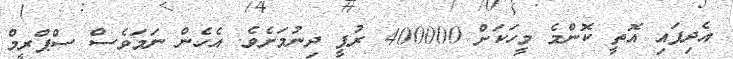
އެދިފައި އޮތީ ކޮންމެ މީހަކަށް 400000 ރުޕީ ދިނުމަށެވެ. އެހެން ނަމަވެސް ސްޕްރީމް